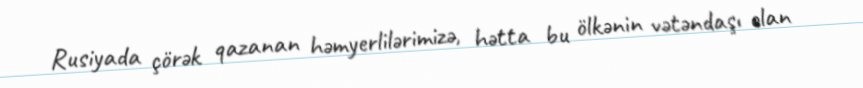
Rusiyada çörək qazanan həmyerlilərimizə, hətta bu ölkənin vətəndaşı olan